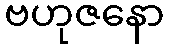
ဗဟုဇနော